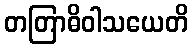
တတြာဓိဝါသယေတိ